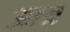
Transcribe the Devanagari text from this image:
आत्र